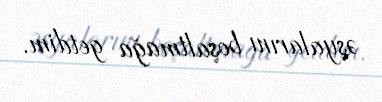
əşyalarını boşaltmağa getdim.